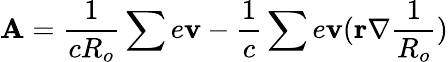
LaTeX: \textbf{A}=\frac{1}{cR_{o}}\sum e\textbf{v}-\frac{1}{c}\sum e\textbf{v}(\textbf{r}\nabla\frac{1}{R_{o}})